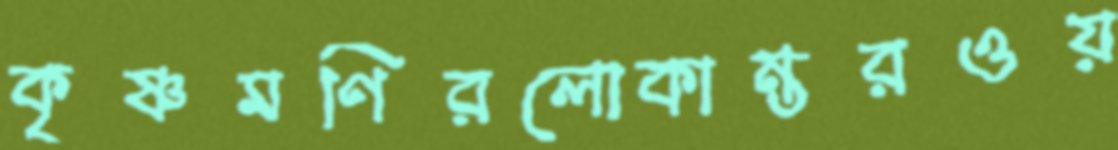
কৃষ্ণমণিরলোকান্তরওয়